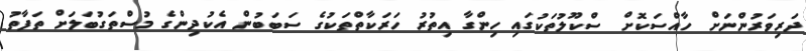
ދަރިވަރުންނަށް ހާއްސަކޮށް ސްކޫލުތަކުގައި ހިންގާ އިތުރު ހަރަކާތްތަކުގެ ސަބަބުން އެކުދިންގެ މުސްތަގުބަލަށް ތަފާތު